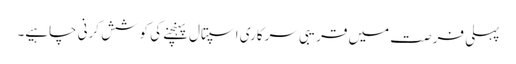
پہلی فرصت میں قریبی سرکاری اسپتال پہنچنے کی کوشش کرنی چاہیے۔